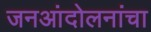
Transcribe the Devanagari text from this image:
जनआंदोलनांचा